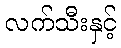
လက်သီးနှင့်